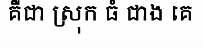
គឺជា ស្រុក ធំ ជាង គេ